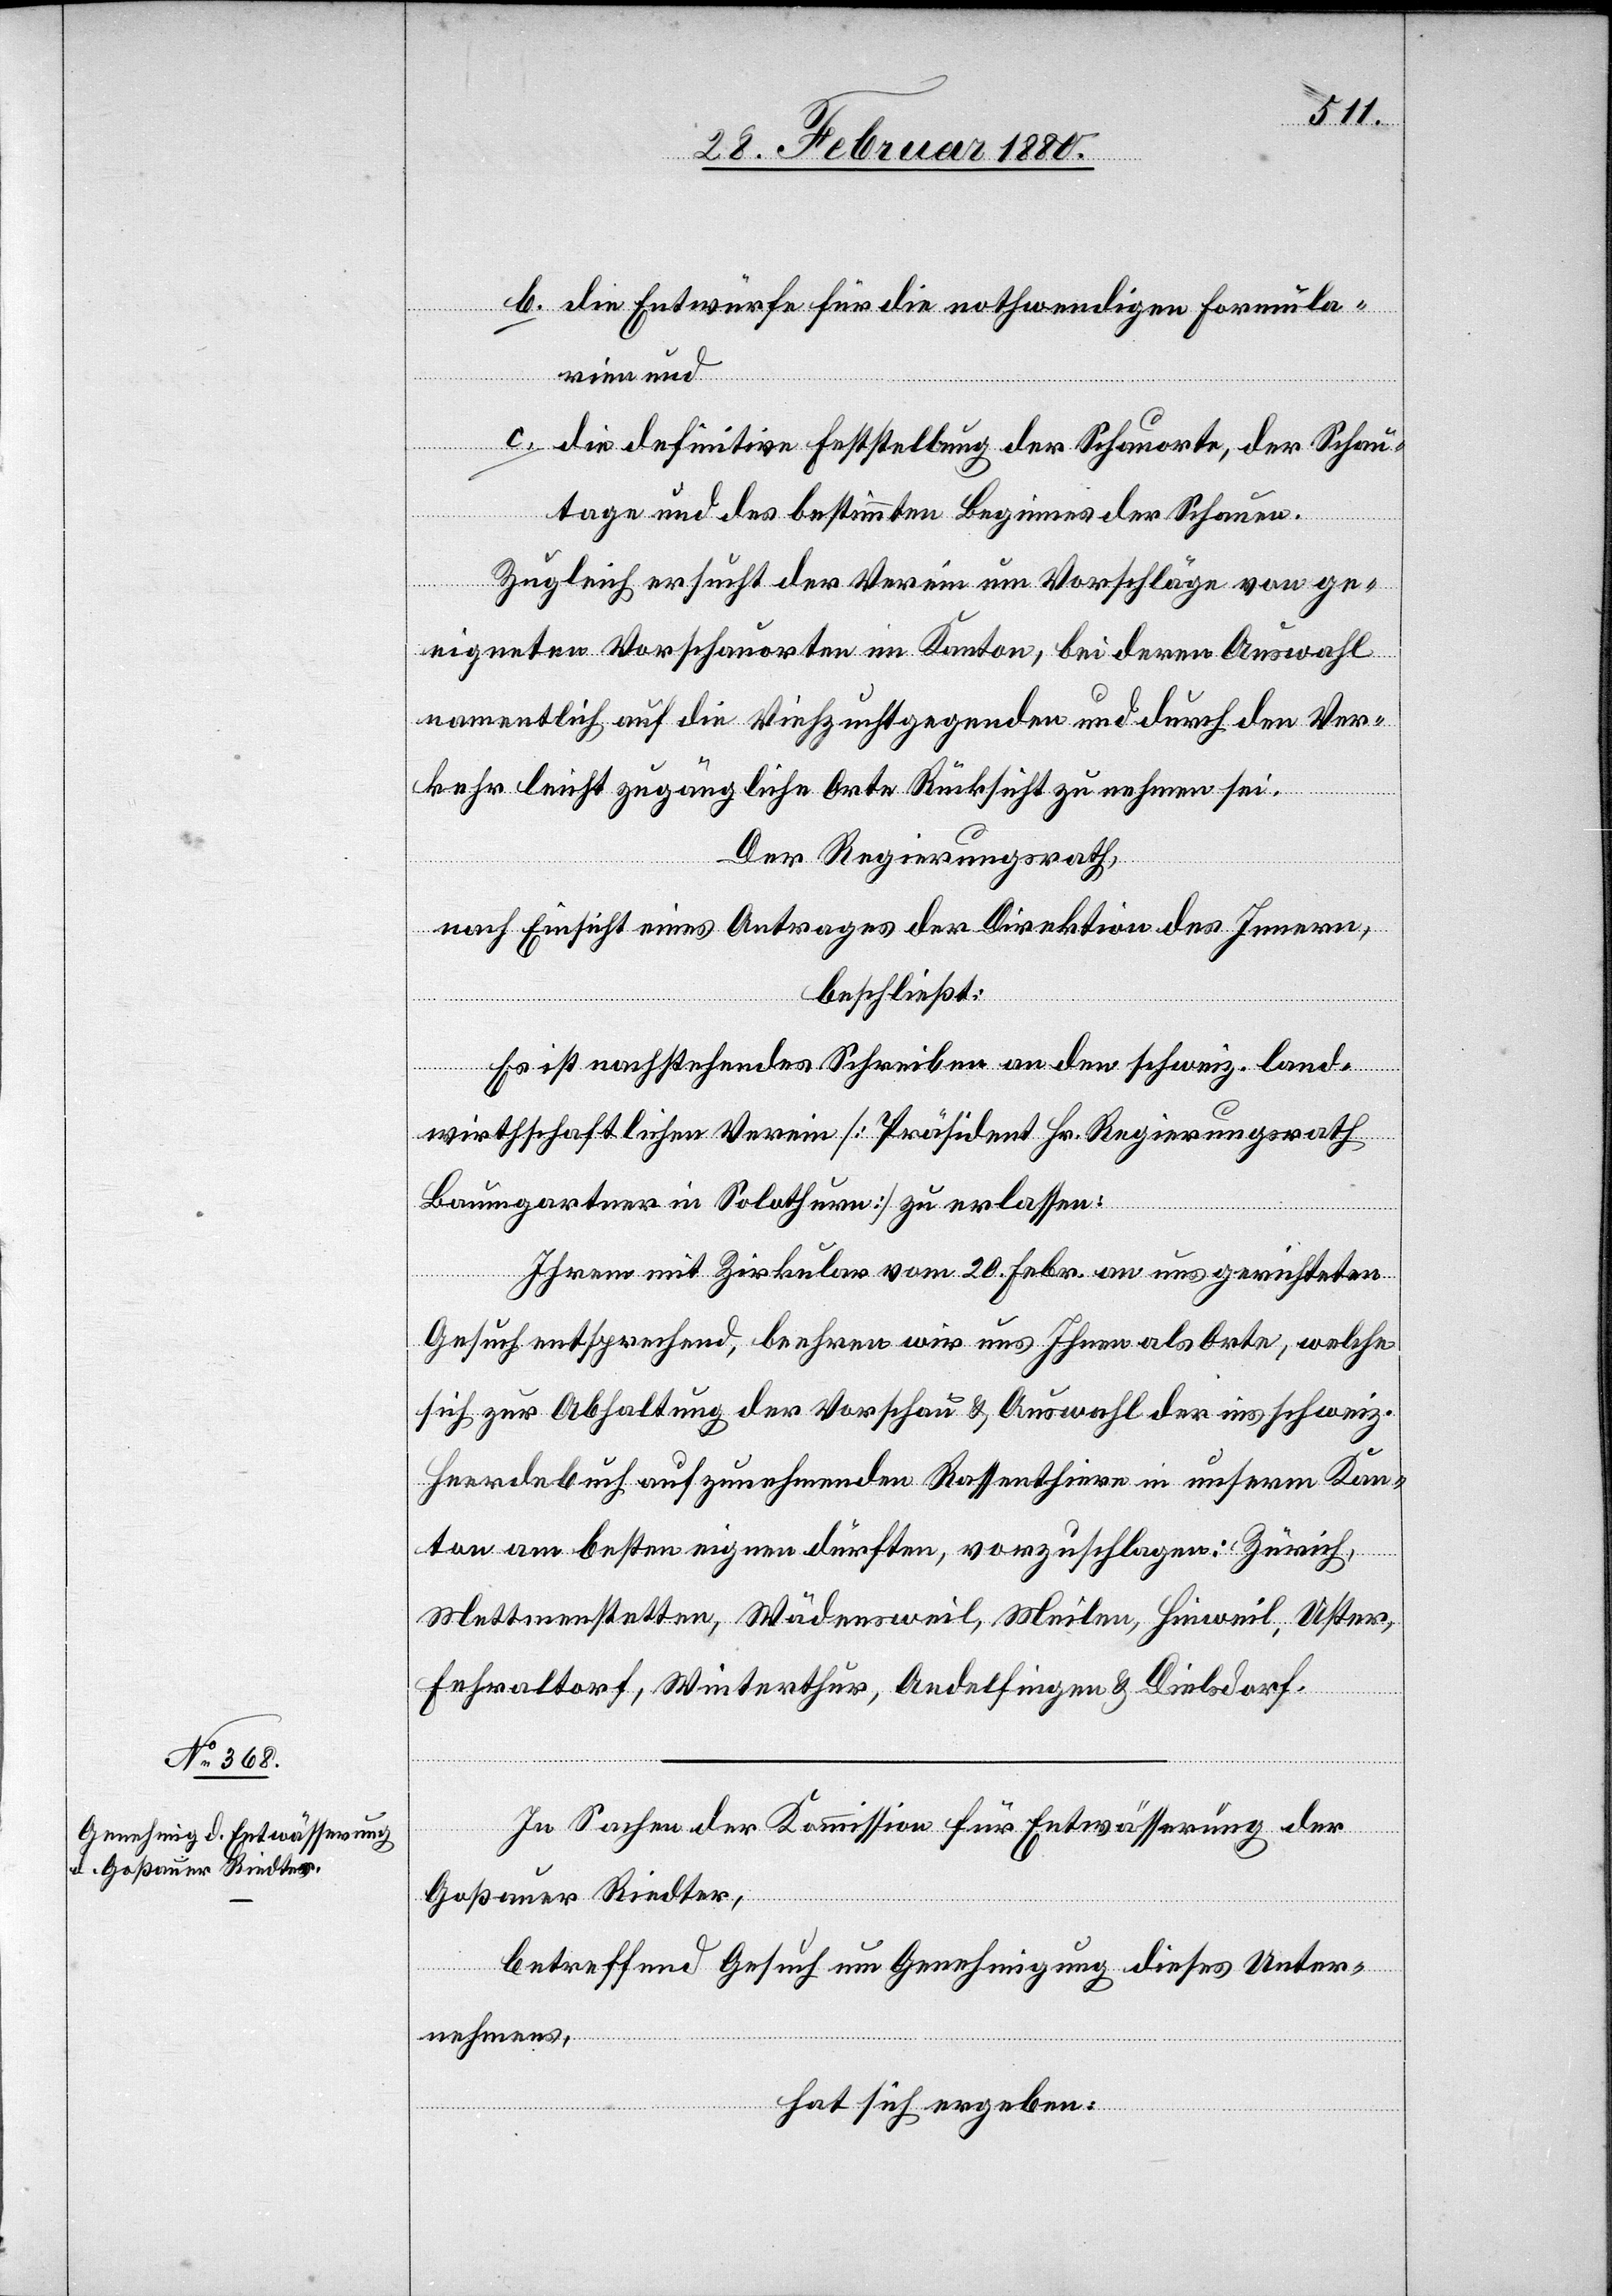
b. die Entwürfe für die nothwendigen Formula¬
rien und
c. die definitive Feststellung der Schauorte, der Schau¬
tage und des bestimmten Beginnes der Schauen.
Zugleich ersucht der Verein um Vorschläge von ge¬
eigneten Vorschauorten im Kanton, bei deren Auswahl
namentlich auf die Viehzuchtgegenden und durch den Ver¬
kehr leicht zugängliche Orte Rücksicht zu nehmen sei.
Der Regierungsrath,
nach Einsicht eines Antrages der Direktion des Innern,
beschließt:
Es ist nachstehendes Schreiben an den schweiz. land¬
wirthschaftlichen Verein [Präsident Hr. Regierungsrath
Baumgartner in Solothurn] zu erlassen:
Ihrem mit Zirkular vom 20. Febr. an uns gerichteten
Gesuch entsprechend, beehren wir uns Ihnen als Orte, welche
sich zur Abhaltung der Vorschau & Auswahl der ins schweiz.
Heerdebuch aufzunehmenden Rassenthiere in unserm Kan¬
ton am besten eignen dürften, vorzuschlagen: Zürich,
Mettmenstetten, Wädensweil, Meilen, Hinweil, Uster,
Fehraltorf, Winterthur, Andelfingen & Dielsdorf.
In Sachen der Kommission für Entwässerung der
Goßauer Riedter,
betreffend Gesuch um Genehmigung dieses Unter¬
nehmens,
hat sich ergeben: